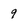
Character: 9